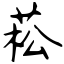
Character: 菘